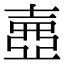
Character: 𡔲